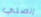
إتصلي